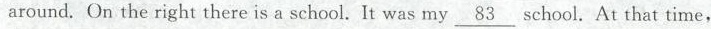
around. On the right there is a school. It was my \underline{83} school. At that time,